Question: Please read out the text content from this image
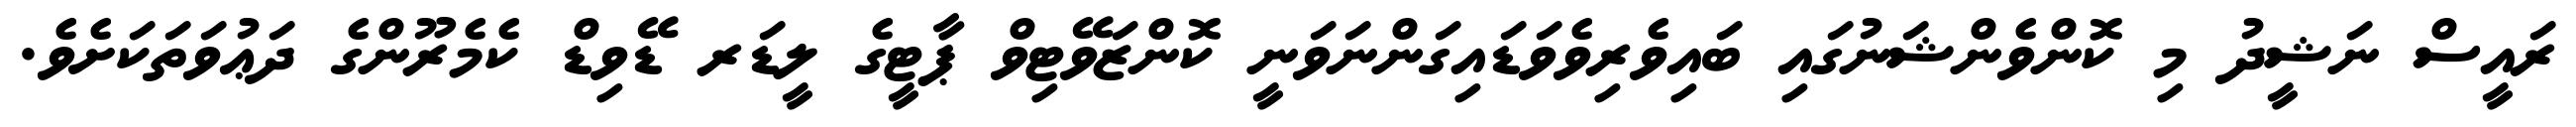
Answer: ރައީސް ނަޝީދު މި ކޮންވެންޝަނުގައި ބައިވެރިވެވަޑައިގަންނަވަނީ ކޮންޒަވޭޓިވް ޕާޓީގެ ލީޑަރ ޑޭވިޑް ކެމެރޫންގެ ދަޢުވަތަކަށެވެ.